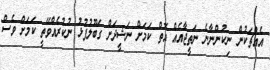
އެއްޗަކުން ނިކުންނާނެ ނަތީޖާއެއް އޮތް ކަމަށް ނަޝީދަށް ގަބޫލުފުޅު ނުކުރެއްވޭތީ ކަމަށް ވެސް